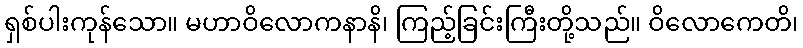
ရှစ်ပါးကုန်သော။ မဟာဝိလောကနာနိ၊ ကြည့်ခြင်းကြီးတို့သည်။ ဝိလောကေတိ၊